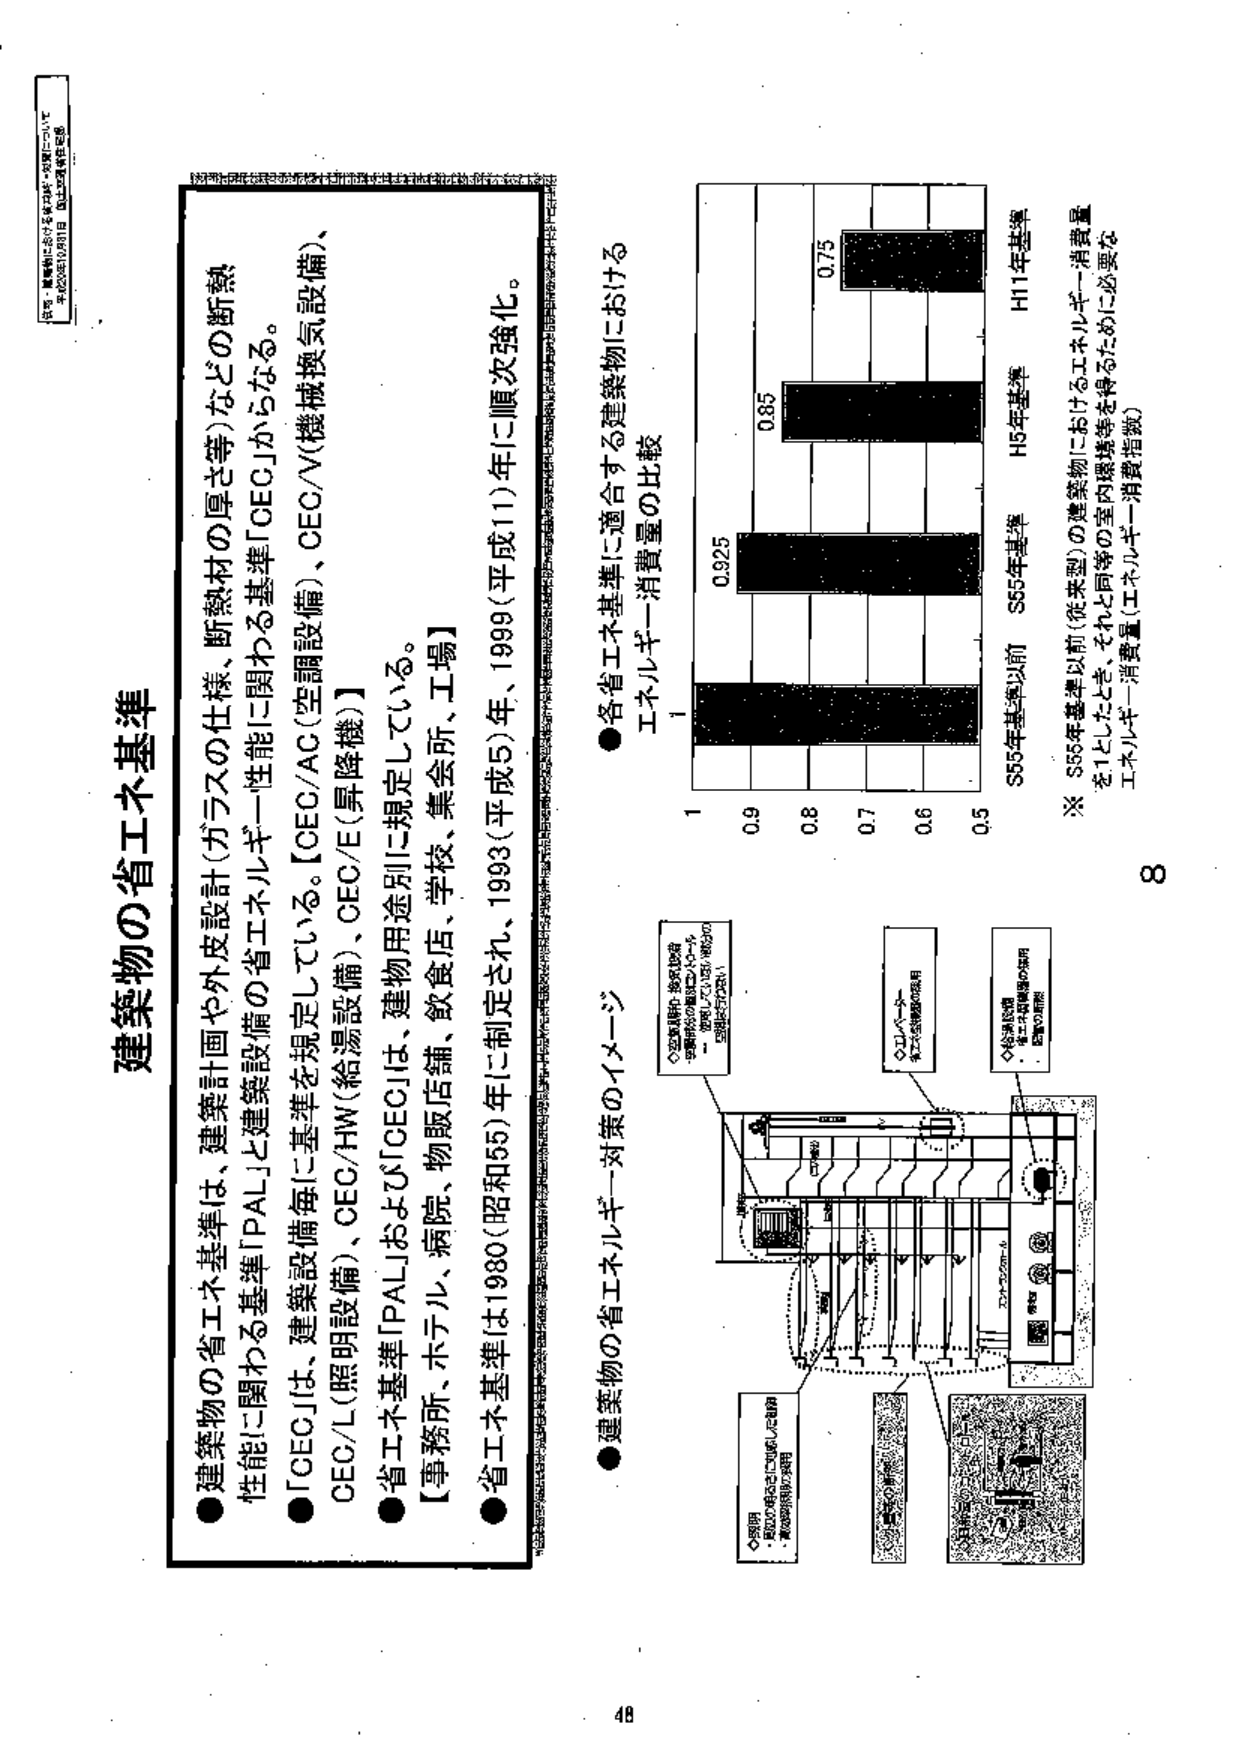
建築物の省エネ基準

●建築物の省エネ基準は、建築計画や外皮設計（ガラスの仕様、断熱材の厚さ等）などの断熱性能に関わる基準「PAL」と建築設備の省エネ性能に関わる基準「CEC」からなる。

●「CEC」は、建築設備毎に基準を規定している。【CEC/AC（空調設備）、CEC/V（機械換気設備）、CEC/L（照明設備）、CEC/HW（給湯設備）、CEC/E（昇降機）】

●省エネ基準「PAL」および「CEC」は、建物用途別に規定している。
【事務所、ホテル、病院、物販店舗、飲食店、学校、集会所、工場】

●省エネ基準は1980（昭和55）年に制定され、1993（平成5）年、1999（平成11）年に順次強化。

●建築物の省エネ対策のイメージ

●各省エネ基準に適合する建築物におけるエネルギー消費量の比較

S55年基準以前　S55年基準　H5年基準　H11年基準
1　　　　　　　0.925　　　0.85　　　0.75

※ S55年基準以前（従来型）の建築物におけるエネルギー消費量を1としたとき、それと同等の室内環境等を得るために必要なエネルギー消費量（エネルギー消費指数）

◇空調設備：換気設備
空調機の風量に応じて
→空調機の風量×0.1～0.4
→空調機の風量×0.1～0.4
（例：1.0×0.3=0.3）

◇エレベーター
省エネ効果の項目

◇給湯設備
省エネ設備の採用
・給湯の断熱

◇照明
・蛍光灯の使用に加え、LED照明
・高効率照明の採用

◇外皮
断熱材の厚さの増加
窓の断熱性能の向上

8

48

【参考：建築物における省エネ対策・対策例について
平成20年10月31日　国土交通省告示】